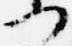
門